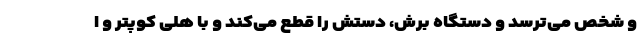
و شخص می‌ترسد و دستگاه برش، دستش را قطع می‌کند و با هلی کوپتر و ا